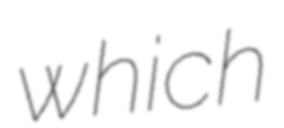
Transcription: which